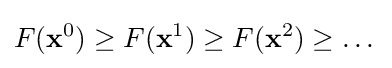
F(\mathbf {x} ^{0})\geq F(\mathbf {x} ^{1})\geq F(\mathbf {x} ^{2})\geq \dots